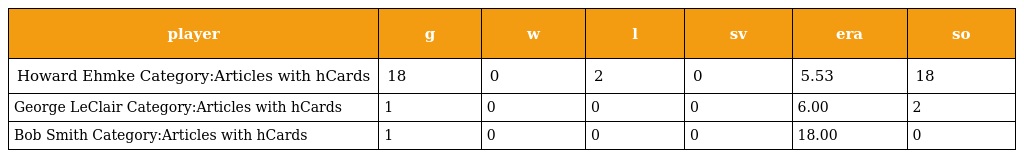
| player | g | w | l | sv | era | so |
 | --- | --- | --- | --- | --- | --- | --- |
 | Howard Ehmke Category:Articles with hCards | 18 | 0 | 2 | 0 | 5.53 | 18 |
 | George LeClair Category:Articles with hCards | 1 | 0 | 0 | 0 | 6.00 | 2 |
 | Bob Smith Category:Articles with hCards | 1 | 0 | 0 | 0 | 18.00 | 0 |